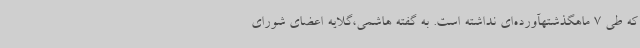
که طی 7 ماهگذشتهآورده‌ای نداشته است. به گفته هاشمی،گلایه اعضای شورای